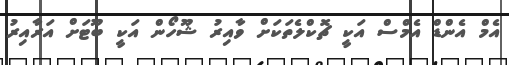
އެމް އެންޑް އެމްސް އަކީ ޗޮކްލެތަކަށް ވާއިރު ޝޫހޯން އަކީ ބޫޓަށް އަރާއިރު